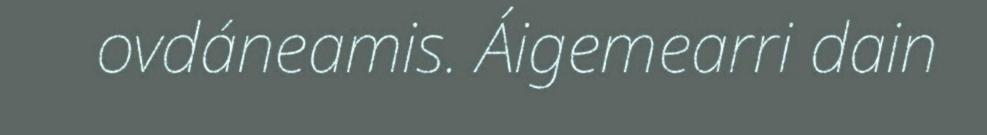
ovdáneamis. Áigemearri dain